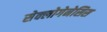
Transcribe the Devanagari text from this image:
सेक्लोगेनेसिस